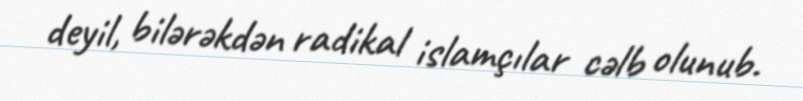
deyil, bilərəkdən radikal islamçılar cəlb olunub.